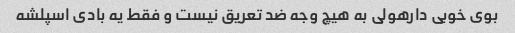
بوی خوبی دارهولی به هیچ وجه ضد تعریق نیست و فقط یه بادی اسپلشه